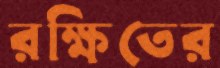
রক্ষিতের